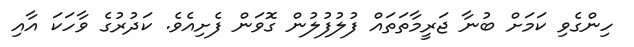
ހިންގެވި ކަމަށް ބުނާ ޖަރީމާތަތައް ފުލުފުލުން ގޮވަން ފެށިއެވެ. ކަދުރުގެ ވާހަކަ އާއި